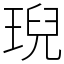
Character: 𤦤